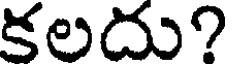
కలదు?